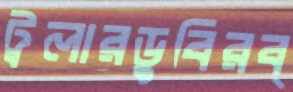
ট্রলারডুবিরব্